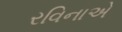
રવિનાએ